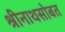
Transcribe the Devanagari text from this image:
श्रीनाथसोबत